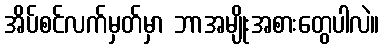
အိပ်စင်လက်မှတ်မှာ ဘာအမျိုးအစားတွေပါလဲ။